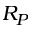
R _ { P }